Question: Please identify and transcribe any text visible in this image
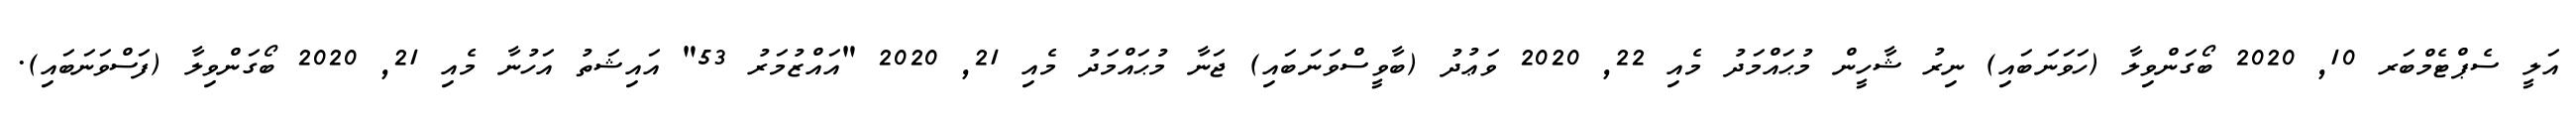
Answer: އަލީ ސެޕްޓެމްބަރ 10, 2020 ބޯގަންވިލާ (ހަވަނަބައި) ނިރު ޝާހީން މުޙައްމަދު މެއި 22, 2020 ވަޢުދު (ބާވީސްވަނަބައި) ޖަނާ މުޙައްމަދު މެއި 21, 2020 "އައްޒުމަރު 53" އައިޝަތު އަހުނާ މެއި 21, 2020 ބޯގަންވިލާ (ފަސްވަނަބައި).